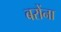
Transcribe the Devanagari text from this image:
बरोंना